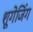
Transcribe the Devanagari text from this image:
शूगेजिंग